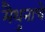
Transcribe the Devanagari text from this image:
मैथुनाचे